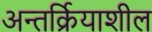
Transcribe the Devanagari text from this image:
अन्तर्क्रियाशील